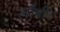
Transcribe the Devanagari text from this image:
लौमीद